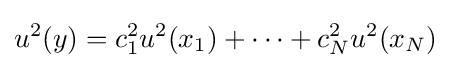
u^{2}(y)=c_{1}^{2}u^{2}(x_{1})+\cdots +c_{N}^{2}u^{2}(x_{N})